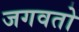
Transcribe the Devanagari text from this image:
जगवतो